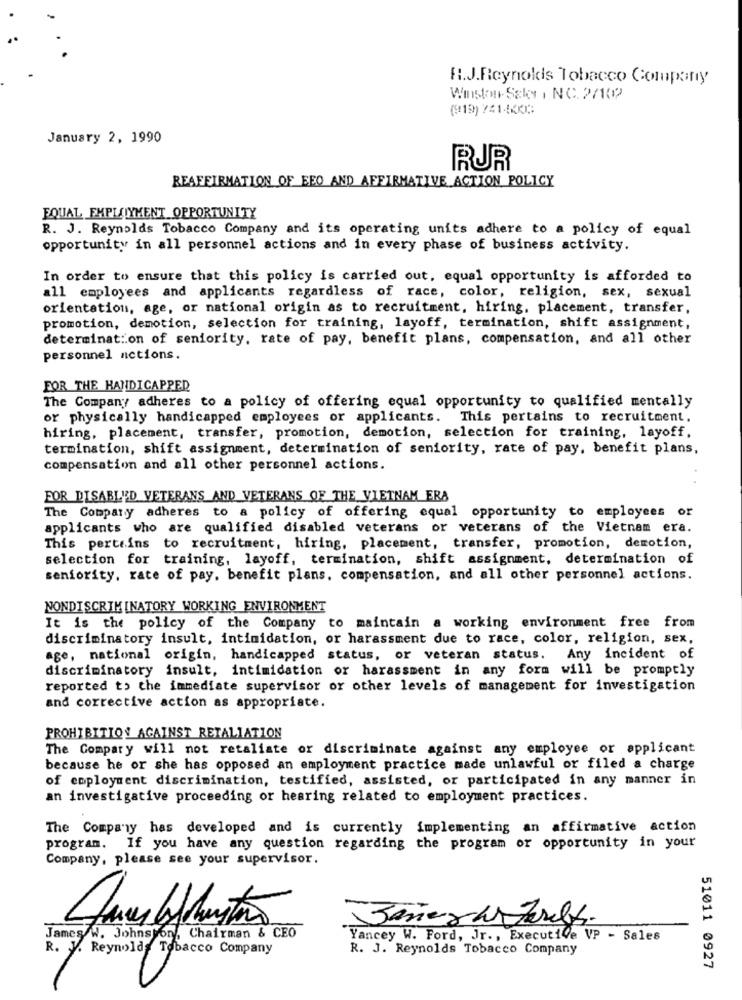
R.J.Reynolds Tobacco Company
(19) 7414003
January 2, 1990
RJR
REAFFIRMATION OF BEO AND AFFIRMATIVE ACTION POLICY
EQUAL EMPLOYMENT OPPORTUNITY
R. J. Reynolds Tobacco Company and its operating units adhere to a policy of equal
opportunity in all personnel actions and in every phase of business activity.
In order to ensure that this policy is carried out, equal opportunity is afforded to
all employees and applicants regardless of race, color, religion, sex, sexual
orientation, age, or national origin as to recruitment, hiring, placement, transfer,
promotion, demotion, selection for training, layoff, termination, shift assignment,
determination of seniority, rate of pay, benefit plans, compensation, and all other
personnel actions.
FOR THE HANDICAPPED
The Company adheres to a policy of offering equal opportunity to qualified mentally
or physically handicapped employees or applicants. This pertains to recruitment.
hiring, placement, transfer, promotion, demotion, selection for training, layoff,
termination, shift assignment, determination of seniority, rate of pay, benefit plans,
compensation and all other personnel actions.
FOR DISABLED VETERANS AND VETERANS OF THE VIETNAM ERA
The Company adheres to a policy of offering equal opportunity to employees or
applicants who are qualified disabled veterans or veterans of the Vietnam era.
This pertains to recruitment, hiring, placement, transfer, promotion, demotion,
selection for training, layoff, termination, shift assignment, determination of
seniority, rate of pay. benefit plans, compensation, and all other personnel actions.
NONDISCRIMINATORY WORKING ENVIRONMENT
It is the policy of the Company to maintain a working environment free from
discriminatory insult, intimidation, or harassment due to race, color, religion, sex,
age, national origin, handicapped status, or veteran status. Any incident of
discriminatory insult, intimidation or harassment in any form will be promptly
reported to the immediate supervisor or other levels of management for investigation
and corrective action as appropriate.
PROHIBITION AGAINST RETALIATION
The Compary will not retaliate or discriminate against any employee or applicant
because he or she has opposed an employment practice made unlawful or filed a charge
of employment discrimination, testified, assisted, or participated in any manner in
an investigative proceeding or hearing related to employment practices.
The Company has developed and is currently implementing an affirmative action
program. If you have any question regarding the program or opportunity in your
Company, please see your supervisor.
James/W. Johnston, Chairman & CEO
Yancey W. Ford, Jr ., Executive VP - Sales
R. V. Reynolds Tobacco Company
R. J. Reynolds Tobacco Company
51011 0927